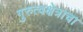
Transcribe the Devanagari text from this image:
गुरुत्वक्षेत्राचा